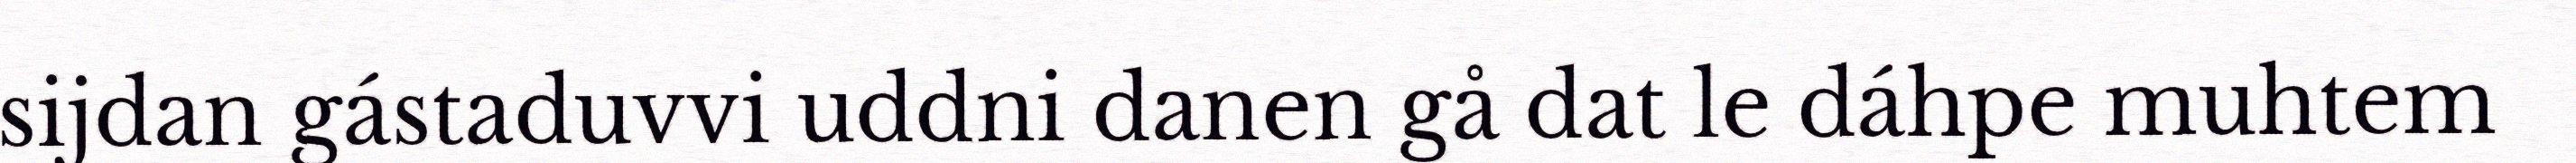
sijdan gástaduvvi uddni danen gå dat le dáhpe muhtem